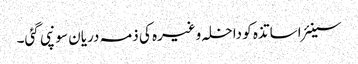
سینئر اساتذہ کو داخلہ وغیرہ کی ذمہ دریان سونپی گئی۔